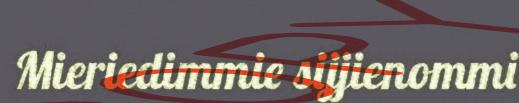
Mieriedimmie sijjienommi